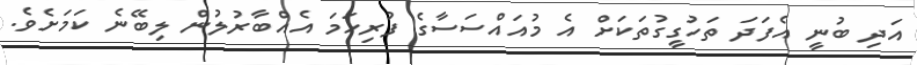
އަދި ބުނީ އެފަދަ ތަހުގީގުތަކަށް އެ މުއައްސަސާގެ ފުރިހަމަ އެއްބާރުލުން ލިބޭނެ ކަމަށެވެ.